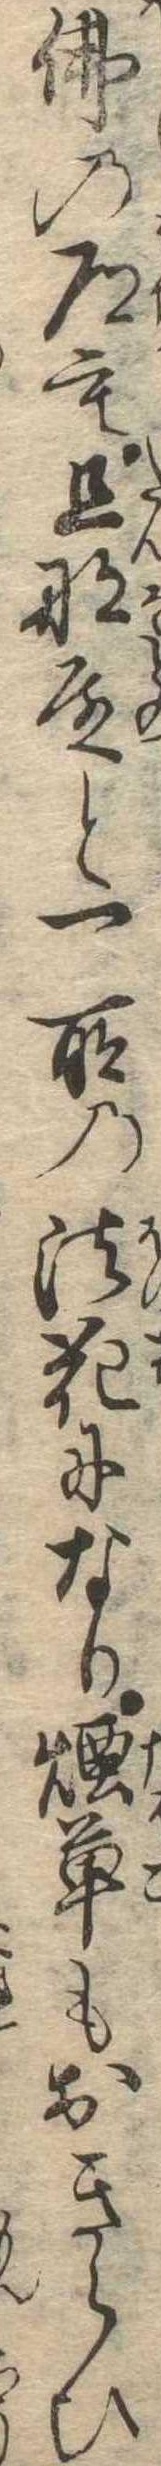
仏の道も旦那殿と一所の法化になり煙草もおきらひ